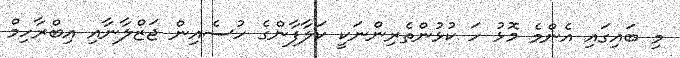
މި ބައިގައި އެންމެ މޮޅު ހަ ކުޅުންތެރިންނަކީ ކަލާފާންގެ ހުސެއިން ޖަޒްލާނާއި އިބްރާހިމް